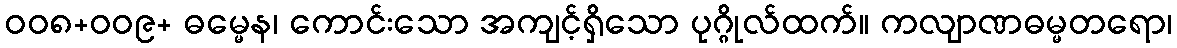
ဝဝ၈+ဝဝ၉+ ဓမ္မေန၊ ကောင်းသော အကျင့်ရှိသော ပုဂ္ဂိုလ်ထက်။ ကလျာဏဓမ္မတရော၊